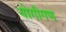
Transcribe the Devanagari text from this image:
योगीगण